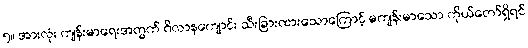
၅။ အားလုံး ကျန်းမာရေးအတွက် ဂိလာနကျောင်း သီးခြားထားသောကြောင့် မကျန်းမာသော ကိုယ်တော်ရှိရင်